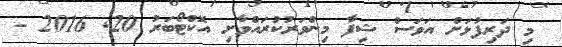
މި ދަރިފުޅަށް އަވަސް ޝިފާ މިންވަރުކުރައްވާށި އޮކްޓޯބަރު 20